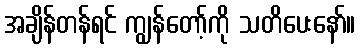
အချိန်တန်ရင် ကျွန်တော့်ကို သတိပေးနော်။